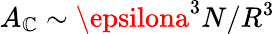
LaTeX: A_{\mathbb{C}}\sim\epsilona^{3}N/R^{3}